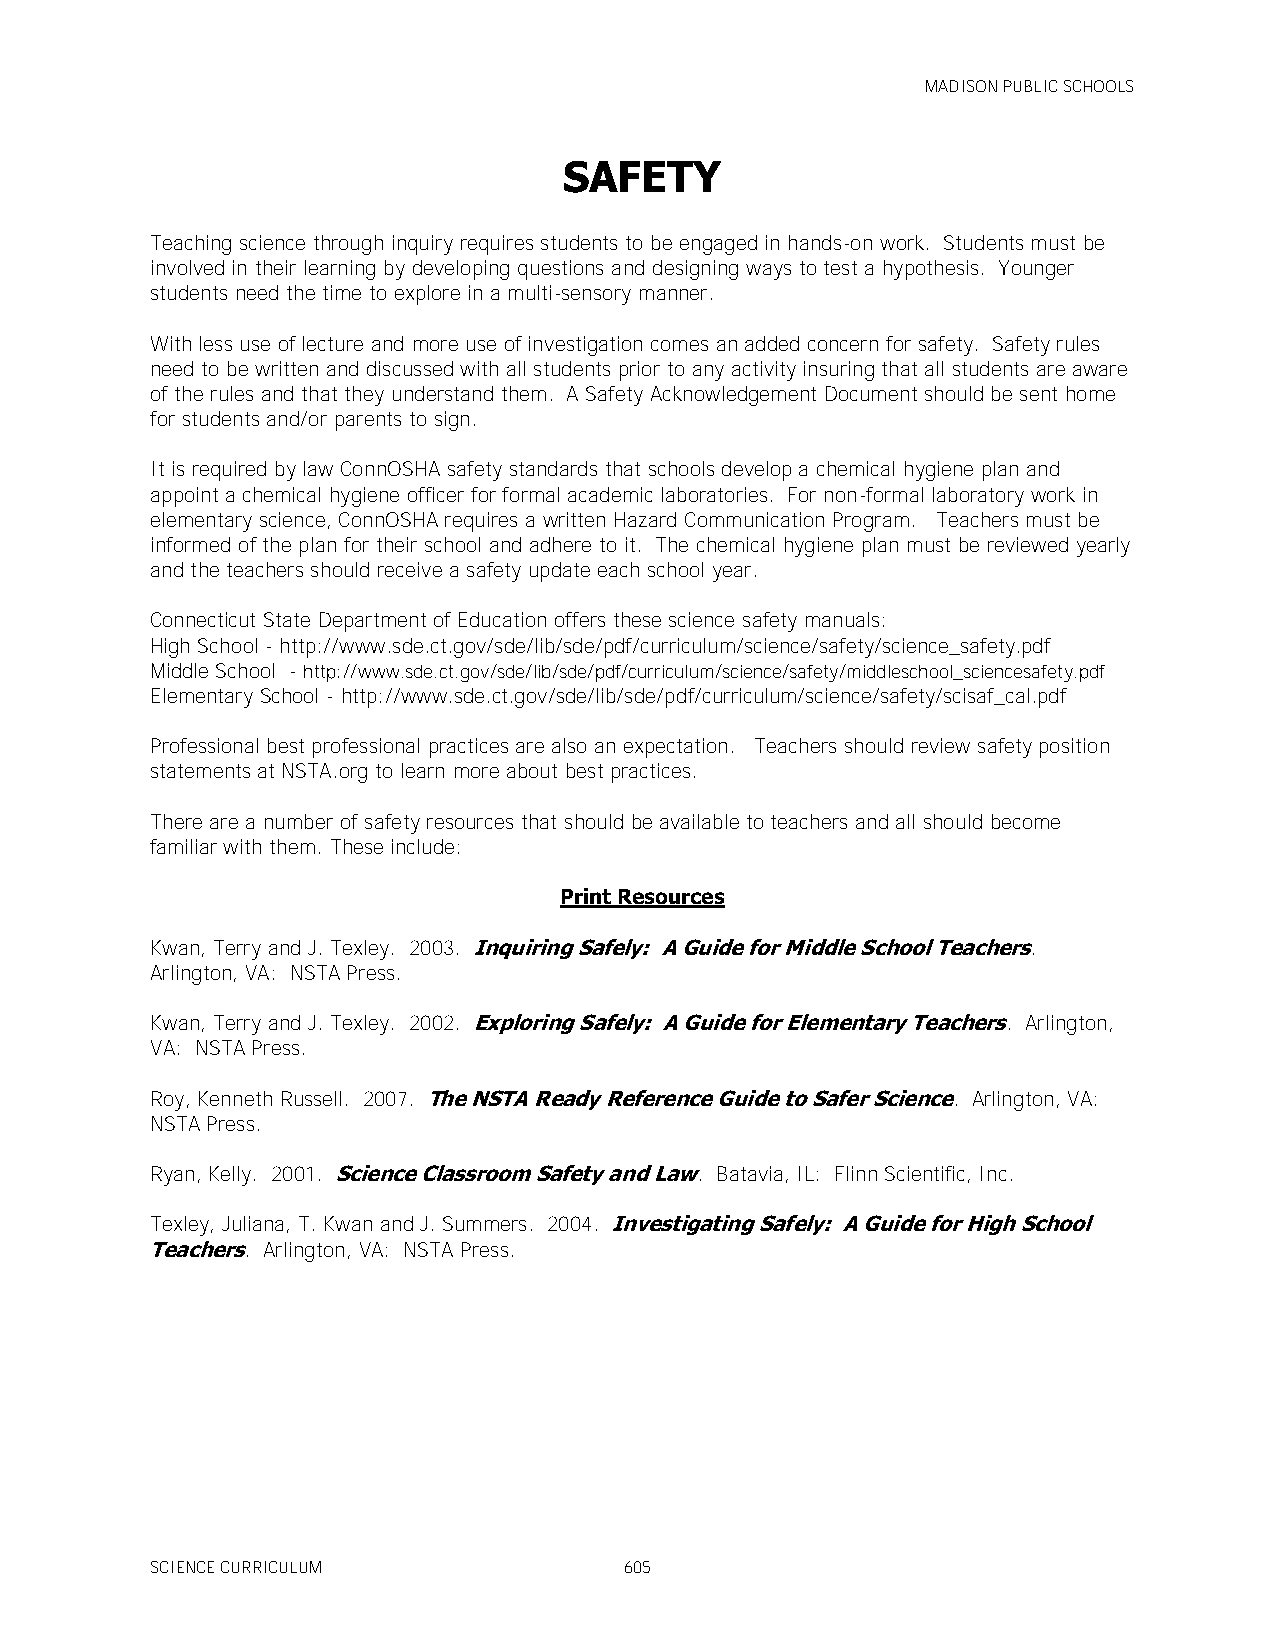
MADISON PUBLIC SCHOOLS
 SAFETY
 Teaching science through inquiry requires students to be engaged in hands-on work. Students must be
 involved in their learning by developing questions and designing ways to test a hypothesis. Younger
 students need the time to explore in a multi-sensory manner.
 With less use of lecture and more use of investigation comes an added concern for safety. Safety rules
 need to be written and discussed with all students prior to any activity insuring that all students are aware
 of the rules and that they understand them. A Safety Acknowledgement Document should be sent home
 for students and/or parents to sign.
 It is required by law ConnOSHA safety standards that schools develop a chemical hygiene plan and
 appoint a chemical hygiene officer for formal academic laboratories. For non-formal laboratory work in
 elementary science, ConnOSHA requires a written Hazard Communication Program. Teachers must be
 informed of the plan for their school and adhere to it. The chemical hygiene plan must be reviewed yearly
 and the teachers should receive a safety update each school year.
 Connecticut State Department of Education offers these science safety manuals:
 High School - http://www.sde.ct.gov/sde/lib/sde/pdf/curriculum/science/safety/science_safety.pdf
 Middle School - http://www.sde.ct.gov/sde/lib/sde/pdf/curriculum/science/safety/middleschool_sciencesafety.pdf
 Elementary School - http://www.sde.ct.gov/sde/lib/sde/pdf/curriculum/science/safety/scisaf_cal.pdf
 Professional best professional practices are also an expectation. Teachers should review safety position
 statements at NSTA.org to learn more about best practices.
 There are a number of safety resources that should be available to teachers and all should become
 familiar with them. These include:
 Print Resources
 Kwan, Terry and J. Texley. 2003. Inquiring Safely: A Guide for Middle School Teachers.
 Arlington, VA: NSTA Press.
 Kwan, Terry and J. Texley. 2002. Exploring Safely: A Guide for Elementary Teachers. Arlington,
 VA: NSTA Press.
 Roy, Kenneth Russell. 2007. The NSTA Ready Reference Guide to Safer Science. Arlington, VA:
 NSTA Press.
 Ryan, Kelly. 2001. Science Classroom Safety and Law. Batavia, IL: Flinn Scientific, Inc.
 Texley, Juliana, T. Kwan and J. Summers. 2004. Investigating Safely: A Guide for High School
 Teachers. Arlington, VA: NSTA Press.
 SCIENCE CURRICULUM             605